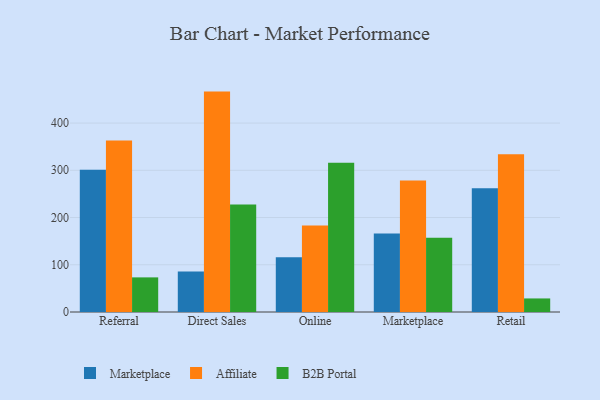
{"axis": {"x": "Channel", "y": "Population (Million)"}, "legend": ["Affiliate", "B2B Portal", "Marketplace"], "data": [{"x": "Referral", "y": 301.0, "type": "Marketplace"}, {"x": "Referral", "y": 362.9, "type": "Affiliate"}, {"x": "Referral", "y": 73.3, "type": "B2B Portal"}, {"x": "Direct Sales", "y": 85.8, "type": "Marketplace"}, {"x": "Direct Sales", "y": 466.6, "type": "Affiliate"}, {"x": "Direct Sales", "y": 227.6, "type": "B2B Portal"}, {"x": "Online", "y": 115.8, "type": "Marketplace"}, {"x": "Online", "y": 183.0, "type": "Affiliate"}, {"x": "Online", "y": 315.8, "type": "B2B Portal"}, {"x": "Marketplace", "y": 166.1, "type": "Marketplace"}, {"x": "Marketplace", "y": 278.5, "type": "Affiliate"}, {"x": "Marketplace", "y": 157.4, "type": "B2B Portal"}, {"x": "Retail", "y": 262.2, "type": "Marketplace"}, {"x": "Retail", "y": 334.1, "type": "Affiliate"}, {"x": "Retail", "y": 28.7, "type": "B2B Portal"}]}